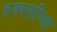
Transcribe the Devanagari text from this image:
हक्स्लीच्या